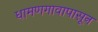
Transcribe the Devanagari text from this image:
धामणगावापासून